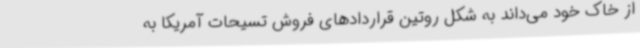
از خاک خود می‌داند به شکل روتین قراردادهای فروش تسیحات آمریکا به